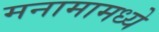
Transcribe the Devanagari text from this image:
मनामामध्ये